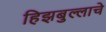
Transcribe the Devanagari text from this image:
हिझबुल्लाचे